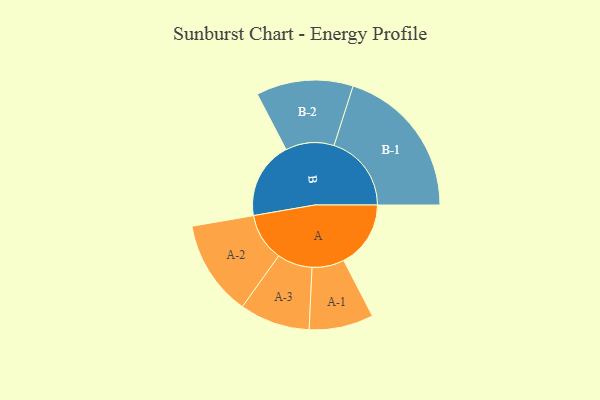
{"axis": {"x": "Segment", "y": "Value"}, "legend": ["", "A", "B"], "data": [{"x": "A", "y": 227, "type": ""}, {"x": "B", "y": 262, "type": ""}, {"x": "A-1", "y": 109, "type": "A"}, {"x": "A-2", "y": 162, "type": "A"}, {"x": "A-3", "y": 119, "type": "A"}, {"x": "B-1", "y": 262, "type": "B"}, {"x": "B-2", "y": 164, "type": "B"}]}